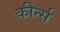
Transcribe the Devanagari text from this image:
कीर्न्स